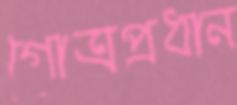
গোত্রপ্রধান